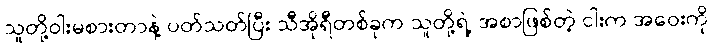
သူတို့ဝါးမစားတာနဲ့ ပတ်သတ်ပြီး သီအိုရီတစ်ခုက သူတို့ရဲ့ အစာဖြစ်တဲ့ ငါးက အဝေးကို